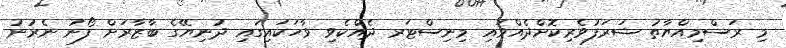
މި ރަސްމިއްޔާތު ޝަރަފުވެރިކޮށްދެއްވައި މިނިސްޓަރ ދެއްކެވި ވާހަކައިގައި ދުނިޔޭގެ ބާޒާރަށް ފޯނު ނެރުނު